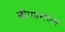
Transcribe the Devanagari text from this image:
बीएएमएम